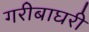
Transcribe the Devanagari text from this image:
गरीबाघरी